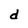
Character: d